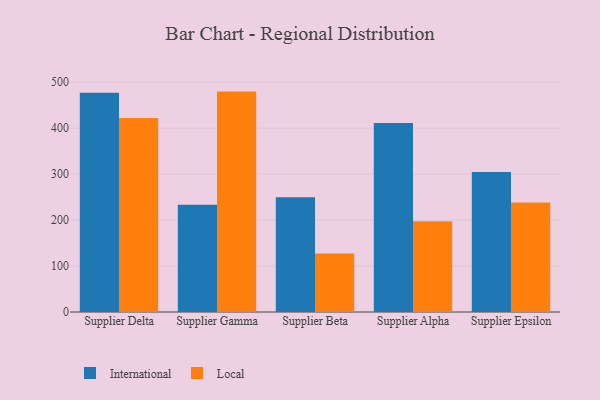
{"axis": {"x": "Supplier", "y": "Operating Costs (USD K)"}, "legend": ["International", "Local"], "data": [{"x": "Supplier Delta", "y": 477.1, "type": "International"}, {"x": "Supplier Delta", "y": 422.1, "type": "Local"}, {"x": "Supplier Gamma", "y": 233.6, "type": "International"}, {"x": "Supplier Gamma", "y": 479.5, "type": "Local"}, {"x": "Supplier Beta", "y": 249.8, "type": "International"}, {"x": "Supplier Beta", "y": 127.3, "type": "Local"}, {"x": "Supplier Alpha", "y": 411.3, "type": "International"}, {"x": "Supplier Alpha", "y": 197.7, "type": "Local"}, {"x": "Supplier Epsilon", "y": 304.6, "type": "International"}, {"x": "Supplier Epsilon", "y": 238.4, "type": "Local"}]}